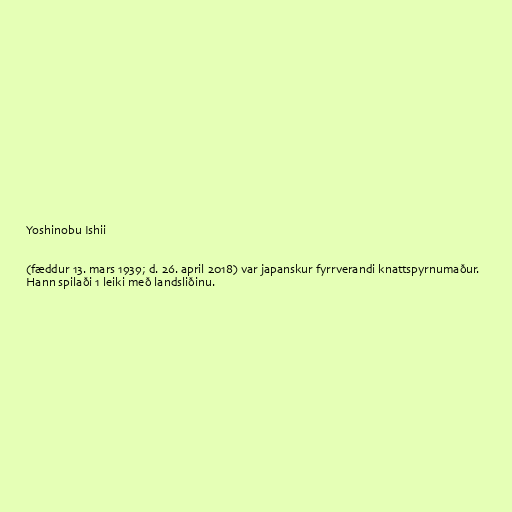
Yoshinobu Ishii

(fæddur 13. mars 1939; d. 26. april 2018) var japanskur fyrrverandi knattspyrnumaður.
Hann spilaði 1 leiki með landsliðinu.